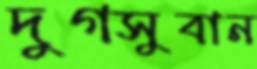
দুগসুবান